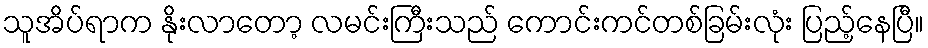
သူအိပ်ရာက နိုးလာတော့ လမင်းကြီးသည် ကောင်းကင်တစ်ခြမ်းလုံး ပြည့်နေပြီ။